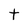
Character: t